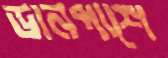
ডানপাশে